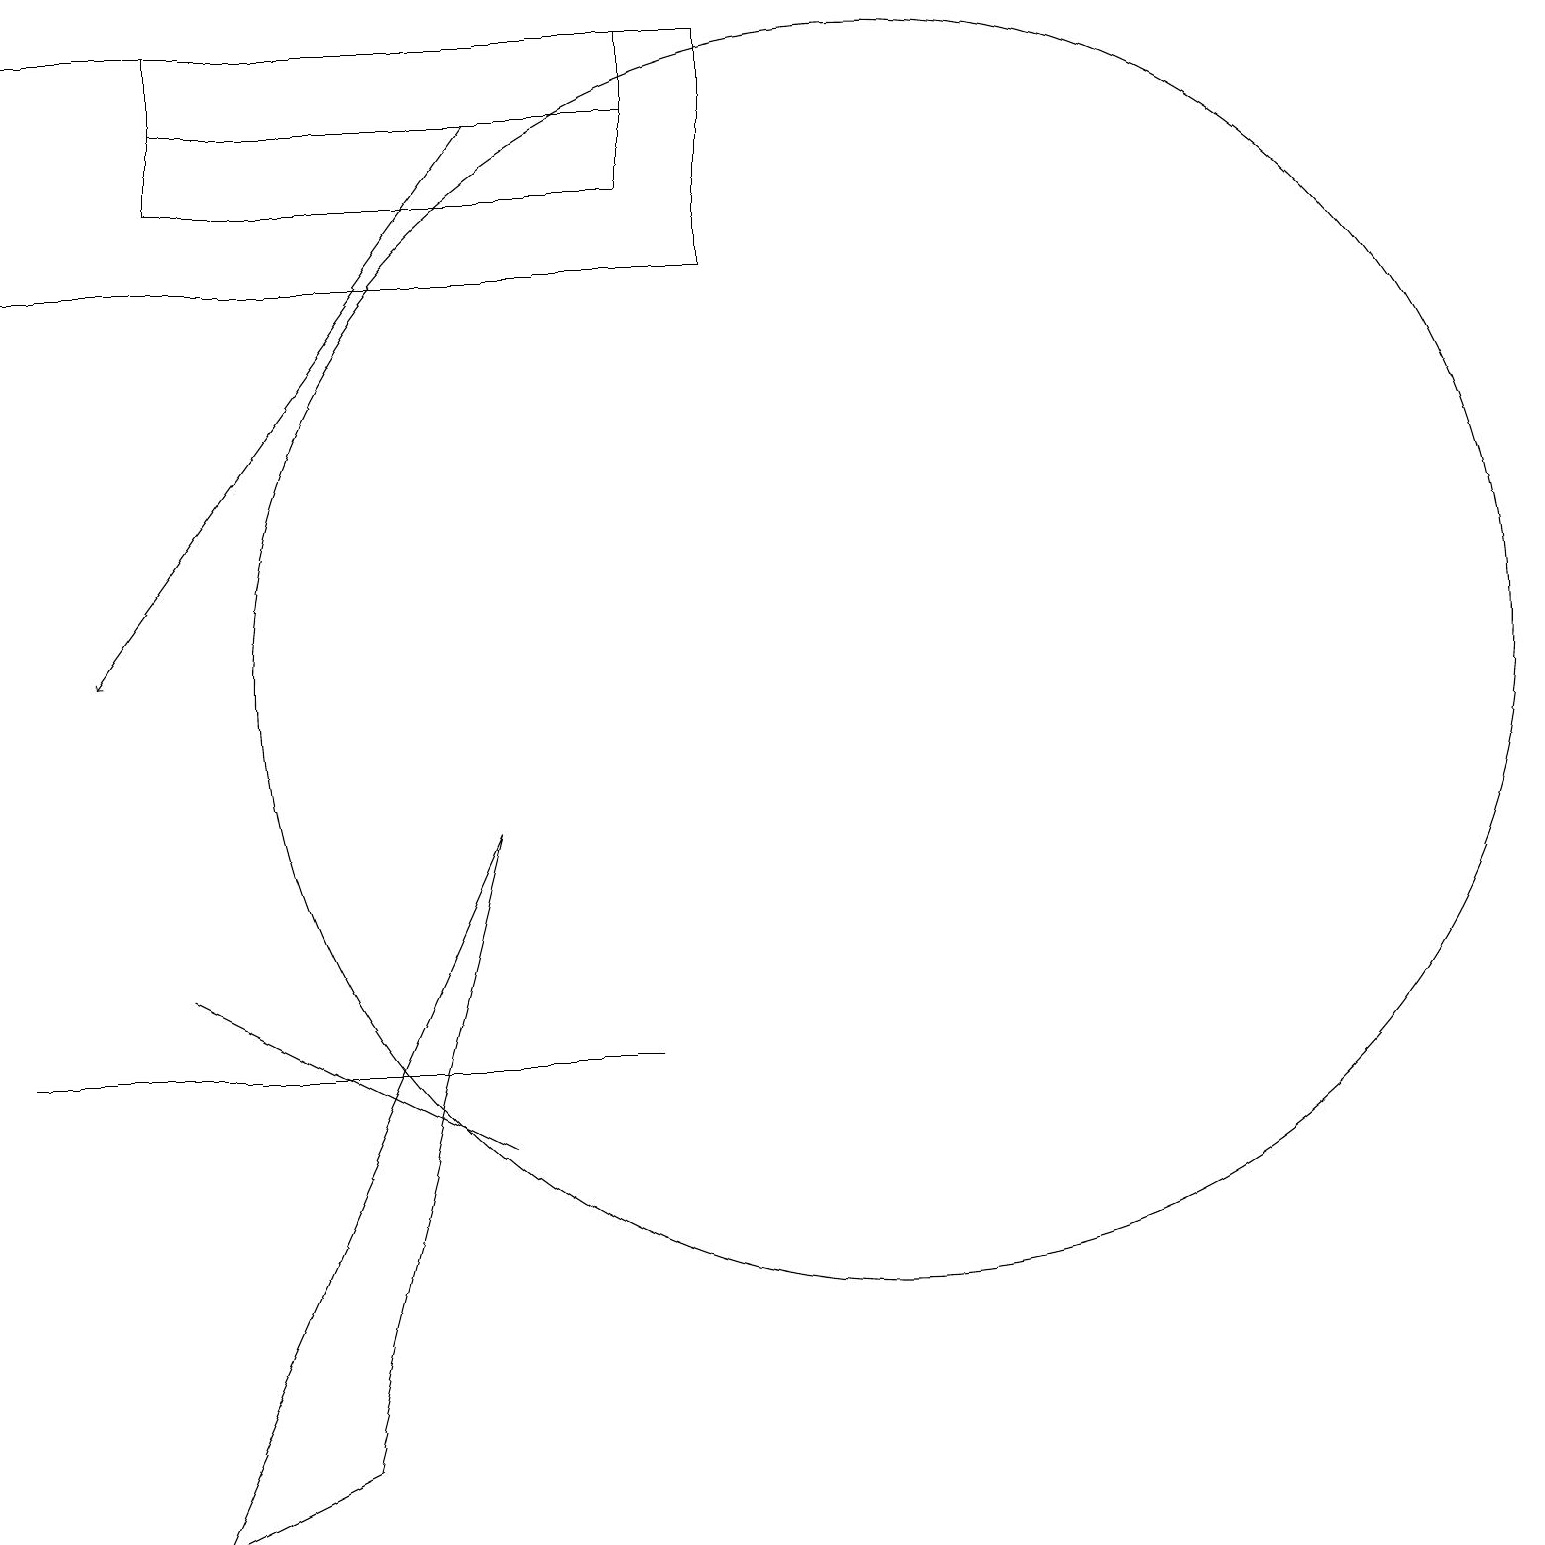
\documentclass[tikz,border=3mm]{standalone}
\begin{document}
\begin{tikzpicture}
\draw[->] (6,18) -- (1,11);
\draw (2,18) rectangle (8,17);
\draw (5,6) -- (0,6) -- (8,6) -- cycle;
\draw (11,11) circle (8);
\draw (0,16) rectangle (9,19);
\draw (2,19) rectangle (8,18);
\draw (4,6) -- (6,5) -- (2,7) -- cycle;
\draw (2,0) -- (6,9) -- (4,1) -- cycle;
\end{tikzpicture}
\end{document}